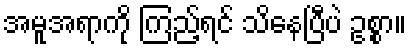
အမူအရာကို ကြည့်ရင် သိနေပြီပဲ ဥစ္စာ။